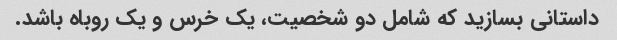
داستانی بسازید که شامل دو شخصیت، یک خرس و یک روباه باشد.